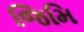
જિમિ